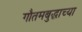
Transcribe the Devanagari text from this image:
गौतमबुद्धाच्या